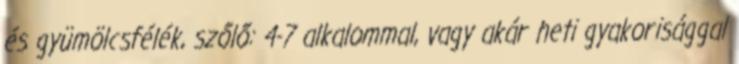
és gyümölcsfélék, szőlő: 4-7 alkalommal, vagy akár heti gyakorisággal